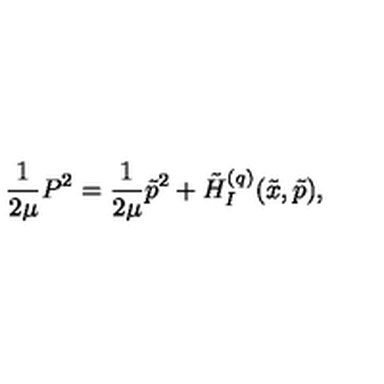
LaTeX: \frac { 1 } { 2 \mu } P ^ { 2 } = \frac { 1 } { 2 \mu } \tilde { p } ^ { 2 } + \tilde { H } _ { I } ^ { ( q ) } ( \tilde { x } , \tilde { p } ) ,